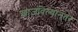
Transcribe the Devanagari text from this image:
खाजविल्यानंतर